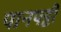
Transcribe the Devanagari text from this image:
पानपट्टी